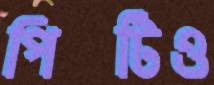
পিটিও